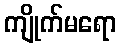
ကျိုက်မရော